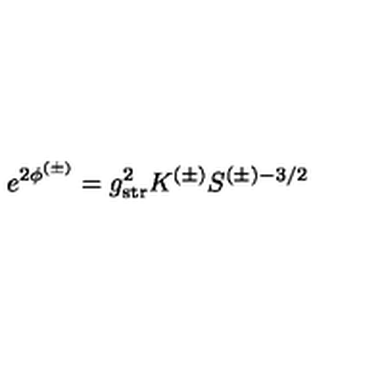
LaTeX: e ^ { 2 \phi ^ { ( \pm ) } } = g _ { \mathrm { s t r } } ^ { 2 } K ^ { ( \pm ) } S ^ { ( \pm ) - 3 / 2 }